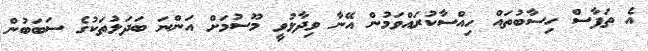
އެ ތަފާސް ހިސާބުތައް ހިއްސާކުރައްވަމުން އޭނާ ވިދާޅުވީ މޫސުމަށް އަންނަ ބަދަލުތަކުގެ ސަބަބުން